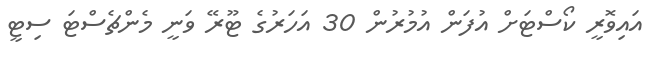
އައިވޮރީ ކޯސްޓަށް އުފަން އުމުރުން 30 އަހަރުގެ ޓޫރޭ ވަނީ މެންޗެސްޓަ ސިޓީ